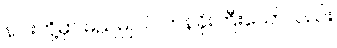
နဂါးတို့မှာ မည်မျှပင် တန်ခိုးကြီးသော်လည်း